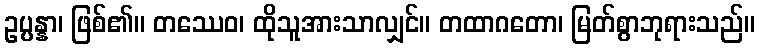
ဥပ္ပန္နာ၊ ဖြစ်၏။ တဿေဝ၊ ထိုသူအားသာလျှင်။ တထာဂတော၊ မြတ်စွာဘုရားသည်။